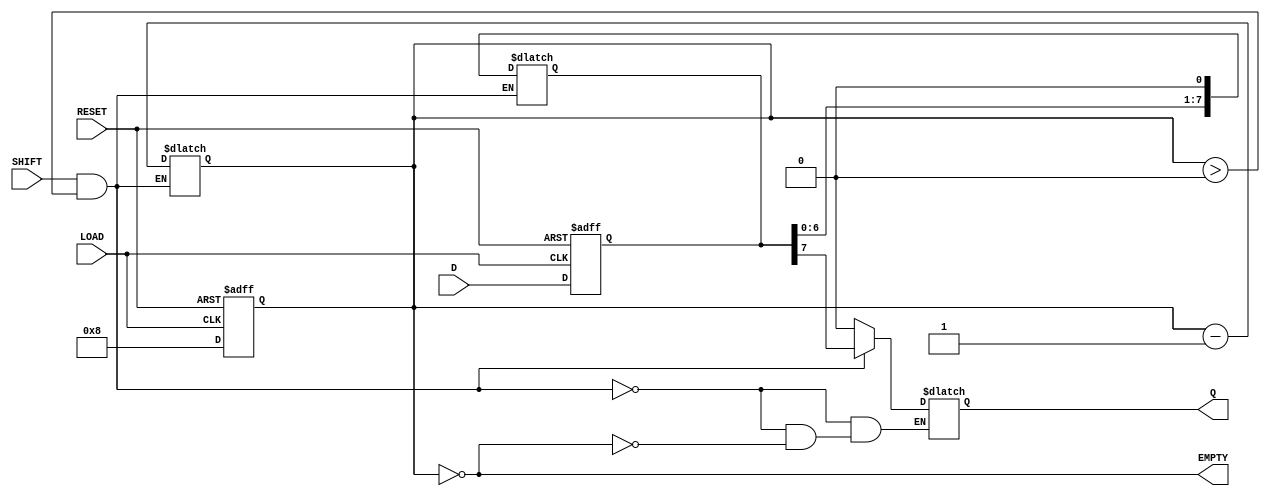
module PISO_Register #(
    parameter n = 8  // Number of bits in the register
)(
    input wire [n-1:0] D,      // Parallel data input
    input wire LOAD,            // Load control signal
    input wire SHIFT,           // Shift control signal
    input wire RESET,           // Asynchronous reset
    output reg Q,               // Serial output
    output reg EMPTY            // Empty flag
);

    reg [n-1:0] shift_reg;      // Shift register storage
    reg [3:0] bit_count;         // Count of bits shifted out

    always @* begin
        // Default state for EMPTY
        EMPTY = (bit_count == 0);
    end

    always @(posedge LOAD or posedge RESET) begin
        if (RESET) begin
            shift_reg <= 0;       // Clear the register on reset
            bit_count <= 0;       // Reset bit count
        end else if (LOAD) begin
            shift_reg <= D;       // Load data into the shift register
            bit_count <= n;       // Set the bit count to n
        end
    end

    always @* begin
        if (SHIFT && bit_count > 0) begin
            Q = shift_reg[n-1];   // Output the MSB
            shift_reg = {shift_reg[n-2:0], 1'b0}; // Shift left
            bit_count = bit_count - 1; // Decrement the bit count
        end else if (bit_count == 0) begin
            Q = 1'b0;              // Output zero when empty
        end
    end

endmodule